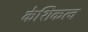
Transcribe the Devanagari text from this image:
केशिकत्व